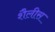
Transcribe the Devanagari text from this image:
शैलीस